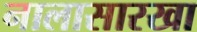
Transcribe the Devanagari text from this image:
नालासारखा